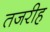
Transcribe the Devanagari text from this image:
तजरीह